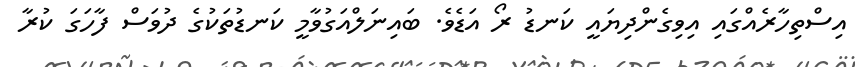
އިސްތިހާރެއްގައި އިވިގެންދިޔައީ ކަނޑު ރޯ އަޑެވެ. ބައިނަލްއަގުވާމީ ކަނޑުތަކުގެ ދުވަސް ފާހަގަ ކުރާ